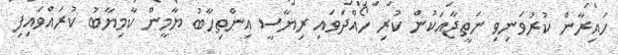
ހައިރާން ކުރުވަނިވި ނަތީޖާއަކުން ކުރި ހޯއްދަވައި ރިޔާސީ އިންތިހާބު ޔާމީން ކާމިޔާބު ކުރައްވައިފި